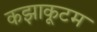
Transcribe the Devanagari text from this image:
कझाकूटम